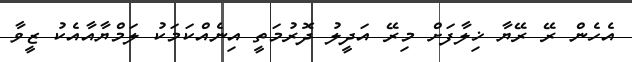
އެހެން ރޭ ރޭޔާ ޚިލާފަށް މިރޭ އަދީލު ދޮރުމަތީ އިނެއްކަމަކު ލަމްޔާއާއެކު ޒީވާ